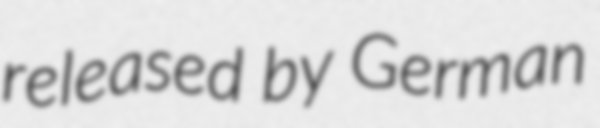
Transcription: released by German